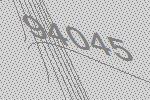
94045